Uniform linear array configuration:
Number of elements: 16
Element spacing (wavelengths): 1
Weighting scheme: exponential
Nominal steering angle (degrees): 45
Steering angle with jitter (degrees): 44.054
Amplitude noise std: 0.05
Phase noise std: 0.05

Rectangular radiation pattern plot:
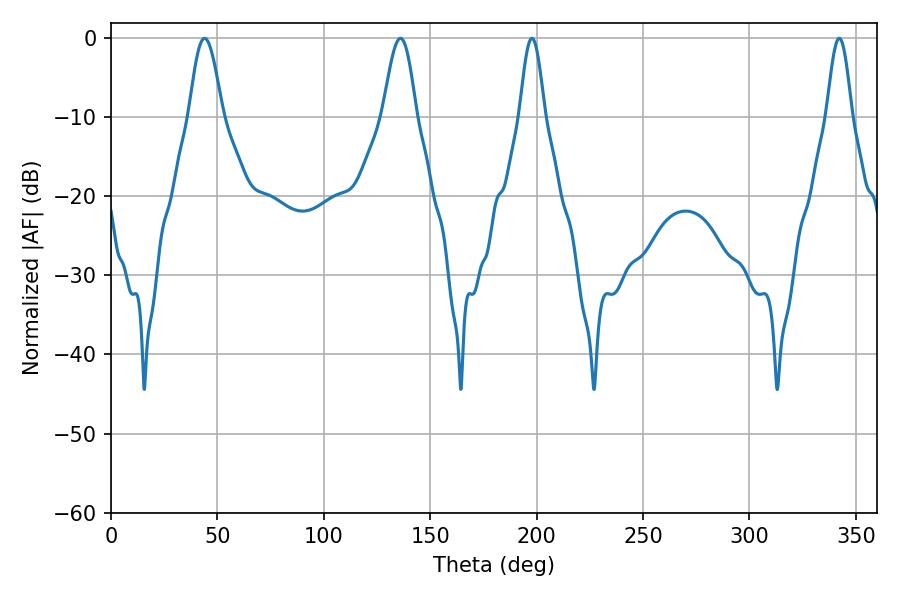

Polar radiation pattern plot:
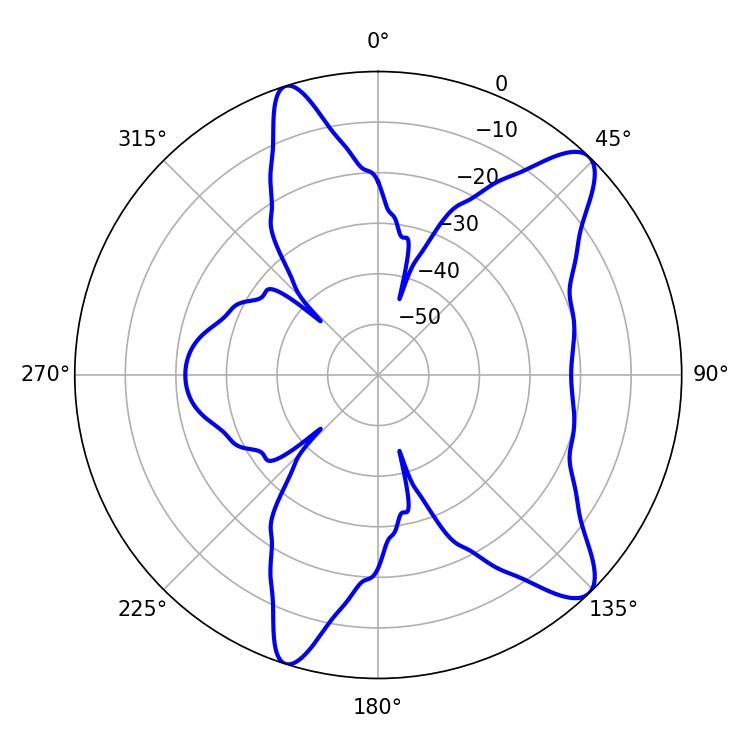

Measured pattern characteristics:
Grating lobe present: TRUE
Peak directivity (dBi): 10.75
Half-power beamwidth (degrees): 6.12
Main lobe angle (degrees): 197.82